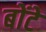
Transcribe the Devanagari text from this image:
बोंटे